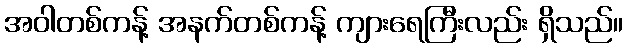
အဝါတစ်ကန့် အနက်တစ်ကန့် ကျားရေကြီးလည်း ရှိသည်။